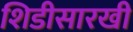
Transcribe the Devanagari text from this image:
शिडीसारखी